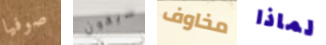
صوفيا سيكون مخاوف لماذا